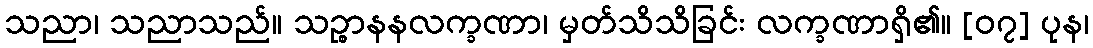
သညာ၊ သညာသည်။ သဉ္စာနနလက္ခဏာ၊ မှတ်သိသိခြင်း လက္ခဏာရှိ၏။ [၀၇] ပုန၊